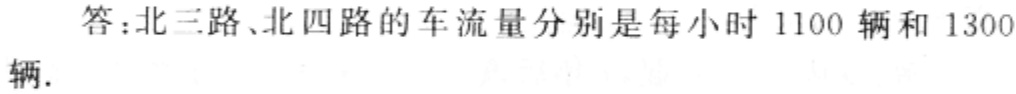
答：北三路、北四路的车流量分别是每小时 1100 辆和 1300 辆.